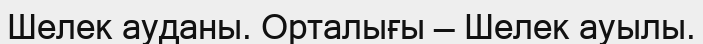
Шелек ауданы. Орталығы — Шелек ауылы.